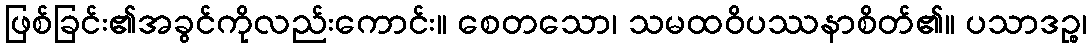
ဖြစ်ခြင်း၏အခွင်ကိုလည်းကောင်း။ စေတသော၊ သမထဝိပဿနာစိတ်၏။ ပသာဒဉ္စ၊